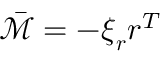
\bar { \mathcal { M } } = - \boldsymbol { \xi } _ { \boldsymbol { r } } \boldsymbol { r } ^ { T }